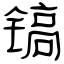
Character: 镐